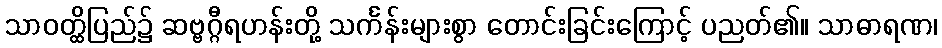
သာဝတ္ထိပြည်၌ ဆဗ္ဗဂ္ဂီရဟန်းတို့ သင်္ကန်းများစွာ တောင်းခြင်းကြောင့် ပညတ်၏။ သာဓာရဏ၊